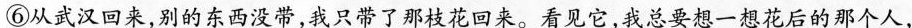
⑥从武汉回来,别的东西没带,我只带了那枝花回来。看见它,我总要想一想花后的那个人，